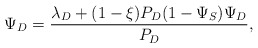
\begin{align*}\Psi_D = \frac{\lambda_D + (1-\xi)P_D(1-\Psi_S)\Psi_D}{P_D},\end{align*}